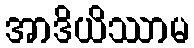
အာဒိယိဿာမ